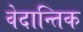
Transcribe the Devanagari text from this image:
वेदान्तिक